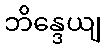
ဘိန္ဒေယျ